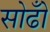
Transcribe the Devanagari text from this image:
सोढोँ